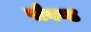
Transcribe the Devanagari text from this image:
पौगण्ड